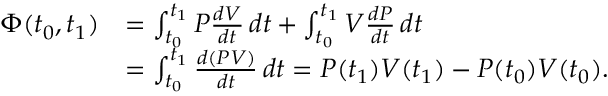
{ \begin{array} { r l } { \Phi ( t _ { 0 } , t _ { 1 } ) } & { = \int _ { t _ { 0 } } ^ { t _ { 1 } } P { \frac { d V } { d t } } \, d t + \int _ { t _ { 0 } } ^ { t _ { 1 } } V { \frac { d P } { d t } } \, d t } \\ & { = \int _ { t _ { 0 } } ^ { t _ { 1 } } { \frac { d ( P V ) } { d t } } \, d t = P ( t _ { 1 } ) V ( t _ { 1 } ) - P ( t _ { 0 } ) V ( t _ { 0 } ) . } \end{array} }